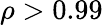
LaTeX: \rho>0.99